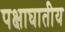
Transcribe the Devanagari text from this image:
पक्षाघातीय